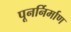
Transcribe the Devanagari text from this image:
पूनर्निर्माण